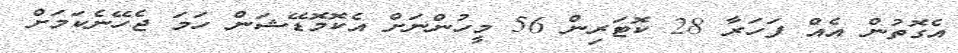
އެގޮތުން އެއް ފަހަރާ 28 ކޮޓަރިން 56 މީހުންނަށް އެކޮމޮޑޭޝަން ހަމަ ޖެހޭނެކަމަށް